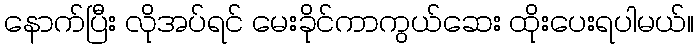
နောက်ပြီး လိုအပ်ရင် မေးခိုင်ကာကွယ်ဆေး ထိုးပေးရပါမယ်။